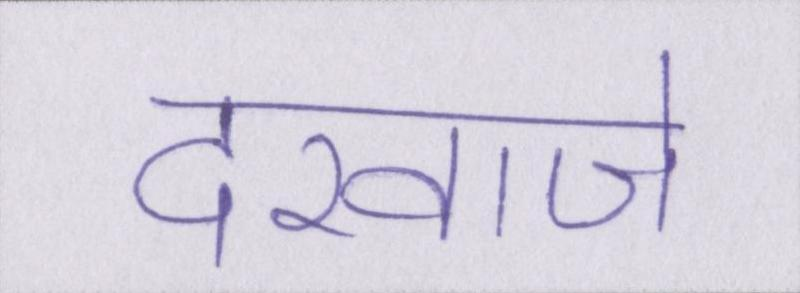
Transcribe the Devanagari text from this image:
दरवाजे